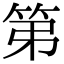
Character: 第